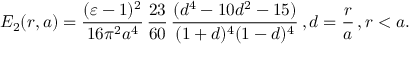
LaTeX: E _ { 2 } ( r , a ) = \frac { ( \varepsilon - 1 ) ^ { 2 } } { 1 6 \pi ^ { 2 } a ^ { 4 } } \, \frac { 2 3 } { 6 0 } \, \frac { ( d ^ { 4 } - 1 0 d ^ { 2 } - 1 5 ) } { ( 1 + d ) ^ { 4 } ( 1 - d ) ^ { 4 } } \, , d = \frac { r } { a } \, , r < a .